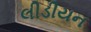
લીડીયન